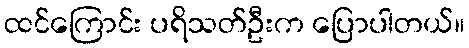
ထင်ကြောင်း ပရိသတ်ဦးက ပြောပါတယ်။